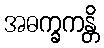
အဓက္ခကန္တိ